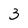
Character: 3